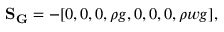
\mathbf { S _ { G } } = - [ 0 , 0 , 0 , \rho g , 0 , 0 , 0 , \rho w g ] ,